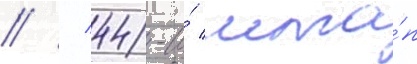
// / 44-и́ мта́п